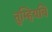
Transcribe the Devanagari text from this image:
तुम्हियबि